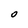
Character: 0